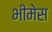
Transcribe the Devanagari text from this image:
भीमेस